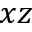
x z